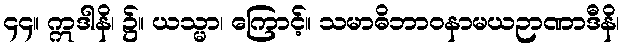
၄၄။ ဣဒါနိ၊ ၌။ ယသ္မာ၊ ကြောင့်။ သမာဓိဘာဝနာမယဉာဏာဒီနိ၊